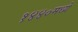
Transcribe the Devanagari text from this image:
१४४०मध्ये